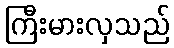
ကြီးမားလှသည်